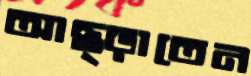
আছ্‌ড়াতেন